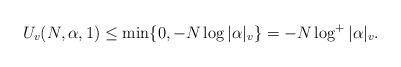
LaTeX: \begin{align*} U_v(N,\alpha,1) \leq \min\{0,-N\log|\alpha|_v\} = -N\log^+|\alpha|_v.\end{align*}